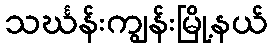
သင်္ဃန်းကျွန်းမြို့နယ်